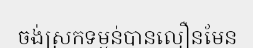
ចង់ស្រកទម្ងន់បានលឿនមែន